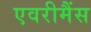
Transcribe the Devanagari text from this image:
एवरीमैंस